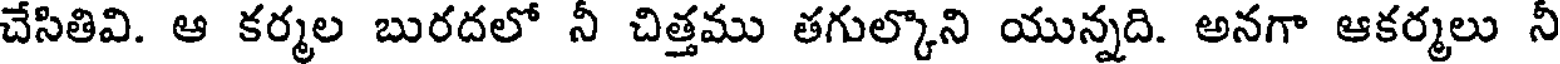
చేసితివి. ఆ కర్మల బురదలో నీ చిత్తము తగుల్కొని యున్నది. అనగా ఆకర్మలు నీ